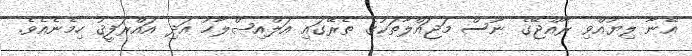
އޭނާ ލިޔުއްވި ރާއްޖޭގެ ނޫސް މަޖައްލާތަކުގެ ތެރޭގައި އަލްއިޞްލާޙު އަދި އައްރަފީޤު ހިމެނެއެވެ.